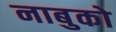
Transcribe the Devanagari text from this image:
नाबुको